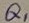
Text: Q1